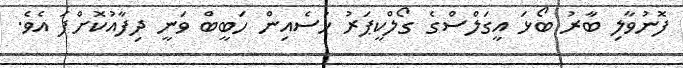
ފޮނުވާލި ބާރު ބޯޅަ އީގަލްސްގެ ގޯލްކީޕަރު ހުސެއިން ހަބީބް ވަނީ ދިފާއުކޮށްފަ އެވެ.